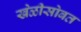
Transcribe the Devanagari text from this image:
खेळीसोबत